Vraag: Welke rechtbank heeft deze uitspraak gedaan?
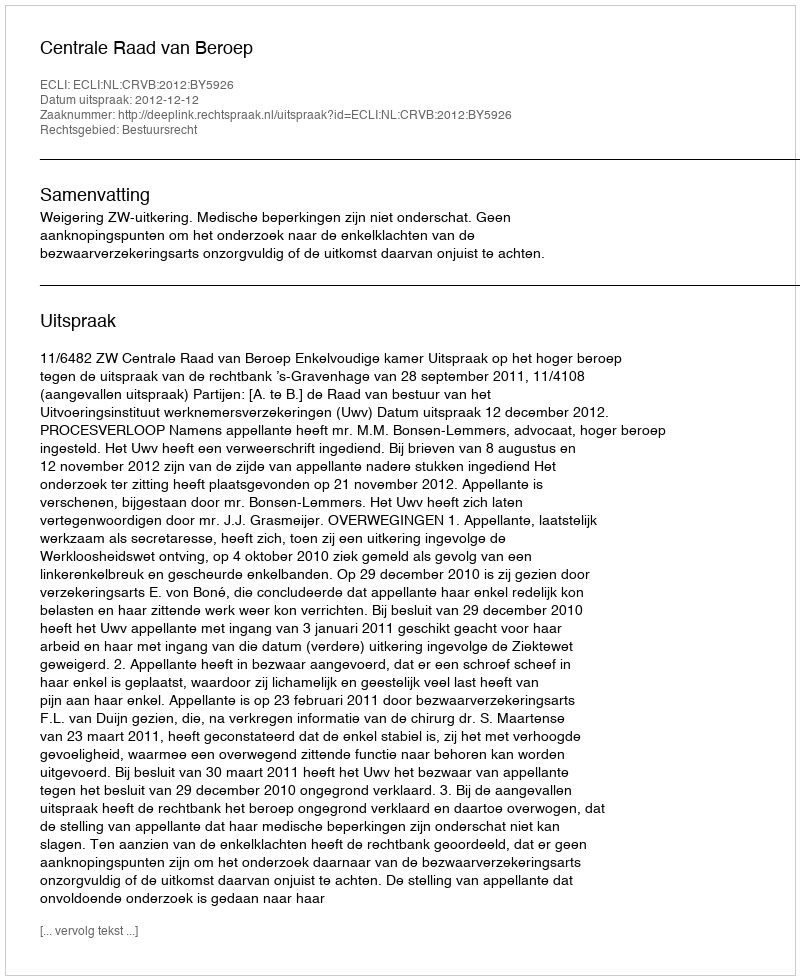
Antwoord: Centrale Raad van Beroep